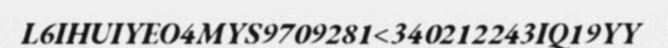
L6IHUIYEO4MYS9709281<340212243IQ19YY